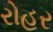
રોહર